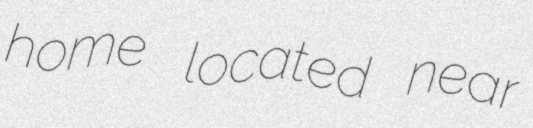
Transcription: home located near